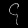
Digit: ၄